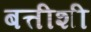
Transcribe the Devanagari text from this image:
बत्तीशी